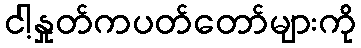
ငါ့နှုတ်ကပတ်တော်များကို